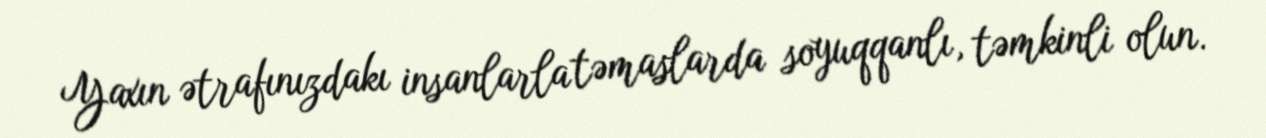
Yaxın ətrafınızdakı insanlarla təmaslarda soyuqqanlı, təmkinli olun.